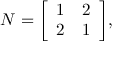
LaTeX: N = { \left[ \begin{array} { l l } { 1 } & { 2 } \\ { 2 } & { 1 } \end{array} \right] } ,